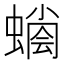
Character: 𧐬